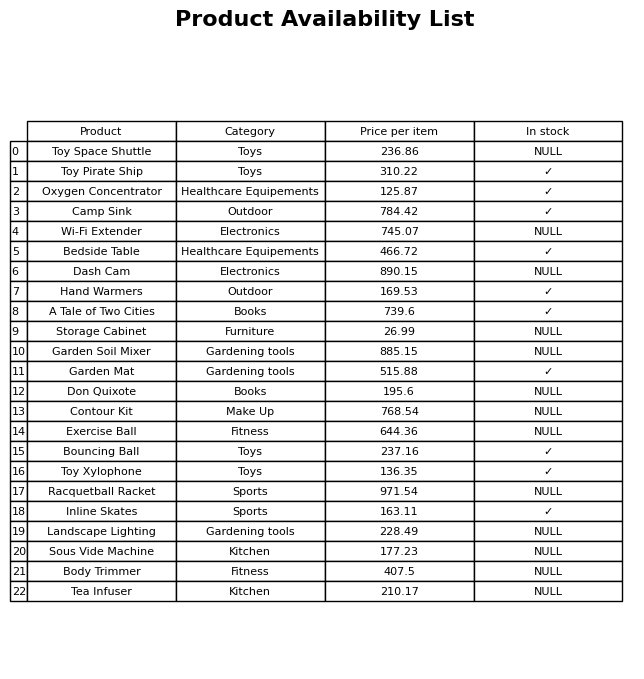
question: What is the price for Inline Skates?
answer: The price of Inline Skates is 163.11.